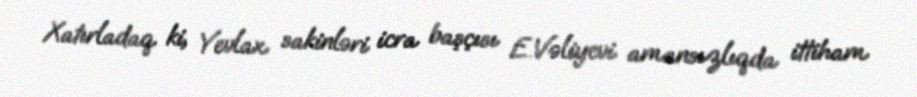
Xatırladaq ki, Yevlax sakinləri icra başçısı E.Vəliyevi amansızlıqda ittiham